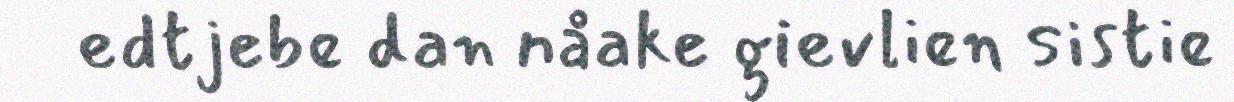
edtjebe dan nåake gievlien sistie